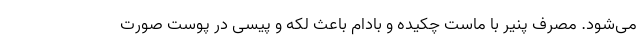
می‌شود. مصرف پنیر با ماست چکیده و بادام باعث لکه و پیسی در پوست صورت